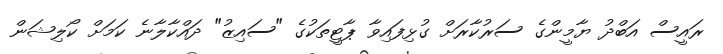
ރައީސް އަބްދު ޔާމީންގެ ސަރުކާރަށް ގުޅިފައިވާ ޕާޓީތަކުގެ "ސައިޒު" ދައްކާލާނެ ކަމަށް ކޯލިޝަން